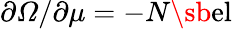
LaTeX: \partial\varOmega/\partial\mu=-N\sb{\textnormal{el}}